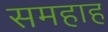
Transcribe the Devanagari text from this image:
समहाह